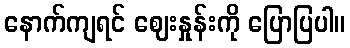
နောက်ကျရင် ဈေးနှုန်းကို ပြောပြပါ။